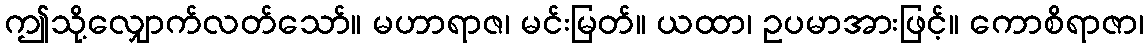
ဤသို့လျှောက်လတ်သော်။ မဟာရာဇ၊ မင်းမြတ်။ ယထာ၊ ဥပမာအားဖြင့်။ ကောစိရာဇာ၊